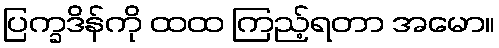
ပြက္ခဒိန်ကို ထထ ကြည့်ရတာ အမော။